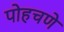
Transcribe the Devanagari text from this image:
पोहचणे